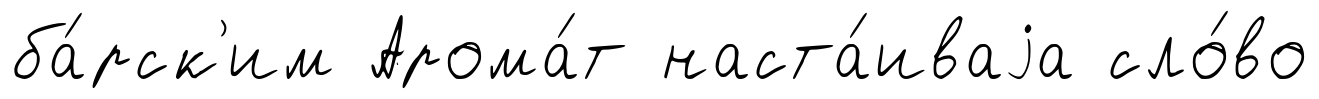
ба́рск'им Арома́т наста́иваjа сло́во